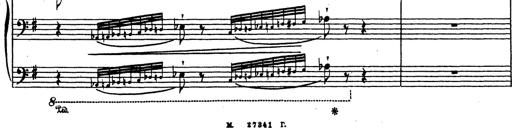
Title: Grosses Konzertsolo
Composer: Franz Liszt